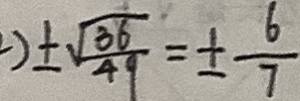
) \pm \sqrt { \frac { 3 6 } { 4 9 } } = \pm \frac { 6 } { 7 }